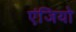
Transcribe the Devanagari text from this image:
एंजियो